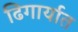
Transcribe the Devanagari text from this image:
ढिगार्यात